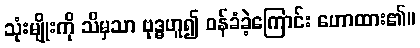
သုံးမျိုးကို သိမှသာ ဗုဒ္ဓဟူ၍ ဝန်ခံခဲ့ကြောင်း ဟောထား၏။